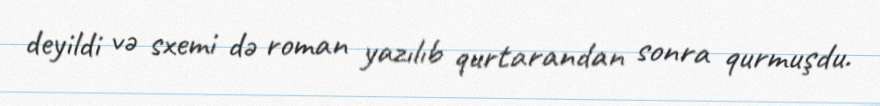
deyildi və sxemi də roman yazılıb qurtarandan sonra qurmuşdu.